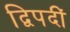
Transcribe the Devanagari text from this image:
द्विपदीं